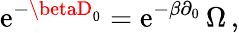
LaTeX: \mathrm{e}^{-\betaD_{0}}=\mathrm{e}^{-\beta\partial_{0}}\, \Omega\, ,